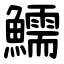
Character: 鱬